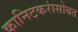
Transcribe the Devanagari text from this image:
कानिटकरांसोबत